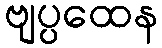
ဗျပ္ပထေန